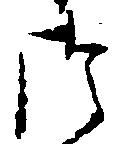
つ